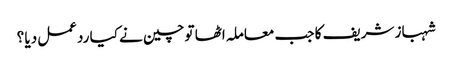
شہباز شریف کا جب معاملہ اٹھا تو چین نے کیا ردعمل دیا ؟